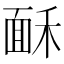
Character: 𩈒